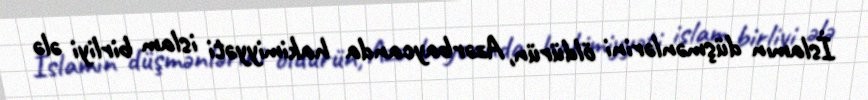
İslamın düşmənlərini öldürün, Azərbaycanda hakimiyyəti islam birliyi ələ